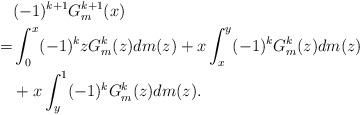
\begin{align*} &(-1)^{k+1}G^{k+1}_m(x) \\ =& \int_{0}^{x}(-1)^{k}zG^{k}_m(z) dm(z) + x\int_{x}^{y}(-1)^{k}G^{k}_m(z) dm(z) \\ &+ x\int_{y}^{1}(-1)^{k}G^{k}_m(z) dm(z). \end{align*}